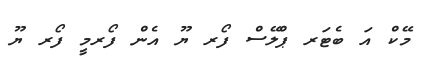
މޭކް އަ ބެޓަރ ޕްލޭސް ފޯރ ޔޫ އެން ފޯރމީ ފޯރ ޔޫ